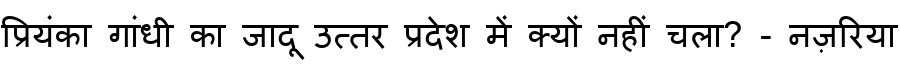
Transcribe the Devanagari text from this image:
प्रियंका गांधी का जादू उत्तर प्रदेश में क्यों नहीं चला? - नज़रिया